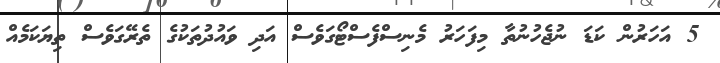
5 އަހަރުން ކަޑަ ނުޖެހުނުތާ މިފަހަރު މެނިސްފެސްޓޯގަވެސް އަދި ވައުދުތަކުގެ ތެރޭގަވެސް ތިޔަކަމެއް